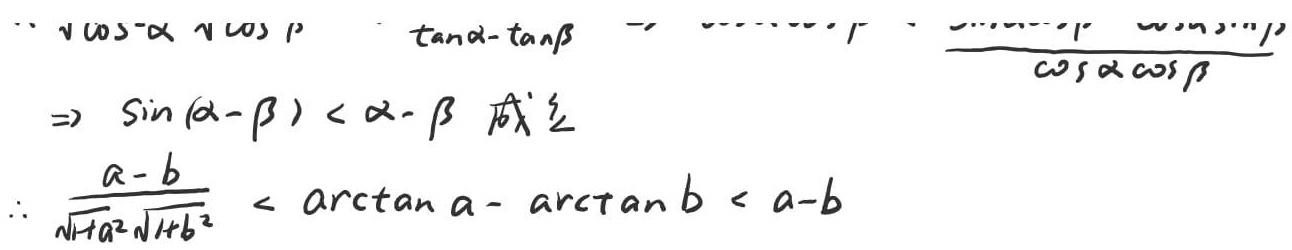
\[
\begin{align*}
&\because \cos\alpha\cos\beta,\quad \tan\alpha - \tan\beta=\frac{\sin\alpha\cos\beta - \cos\alpha\sin\beta}{\cos\alpha\cos\beta}\\
&\Rightarrow \sin(\alpha - \beta)<\alpha - \beta\text{ 成立}\\
&\therefore \frac{a - b}{\sqrt{1 + a^{2}}\sqrt{1 + b^{2}}}<\arctan a-\arctan b<a - b
\end{align*}
\]